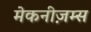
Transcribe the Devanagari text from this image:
मेकनीज़म्स